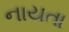
નાયતા